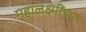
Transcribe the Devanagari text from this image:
महालक्ष्मींच्या